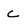
Character: C